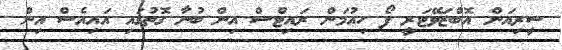
ސީރިއަން އޮބްޒަވޭޓަރީ ފޯ ހިއުމަން ރައިޓްސް އިން ބުނާ ގޮތުގައި އައިއެސް އިން